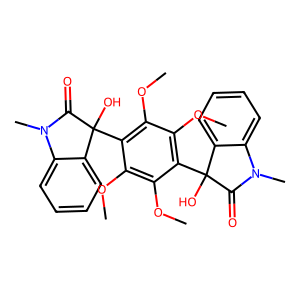
SMILES: COc1c(OC)c(C2(O)C(=O)N(C)c3ccccc32)c(OC)c(OC)c1C1(O)C(=O)N(C)c2ccccc21
Inhibits HIV replication: No